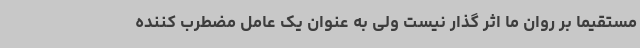
مستقیما بر روان ما اثر گذار نیست ولی به عنوان یک عامل مضطرب کننده